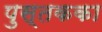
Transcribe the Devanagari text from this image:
पुस्तकका